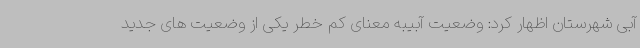
آبی شهرستان اظهار کرد: وضعیت آبیبه معنای کم خطر یکی از وضعیت های جدید